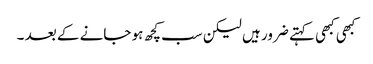
کبھی کبھی کہتے ضرور ہیں لیکن سب کچھ ہو جانے کے بعد ۔